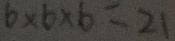
6 \times 6 \times 6 = 2 1